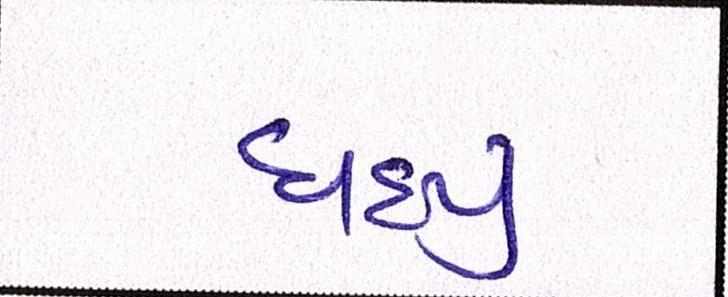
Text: વધ્યું